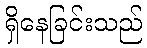
ရှိနေခြင်းသည်